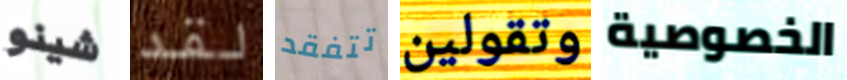
شينو لقد تتفقد وتقولين الخصوصية